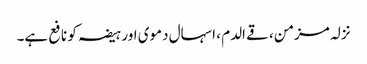
نزلہ مزمن، قے الدم ، اسہال دموی اور ہیضہ کو نافع ہے۔